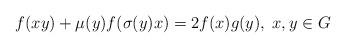
LaTeX: \begin{align*}f(xy)+\mu(y)f(\sigma(y)x)=2f(x)g(y),\; x,y\in G\end{align*}